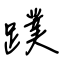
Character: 蹼